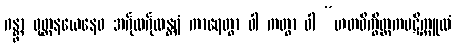
ဂန္တွာ ဝုတ္တနယေနေဝ အင်္ဂုလင်္ဂုလန္တရံ ကာရေတွာ ဝါ ကတွာ ဝါ “ဟတဝိက္ခိတ္တကပဋိက္ကူလံ